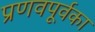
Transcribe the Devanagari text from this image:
प्रणवपूर्वका